Source: Handwritten
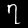
Digit: ၇ (7)